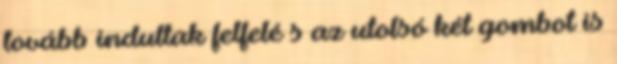
tovább indultak felfelé s az utolsó két gombot is